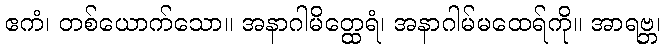
ဧကံ၊ တစ်ယောက်သော။ အနာဂါမိတ္ထေရံ၊ အနာဂါမ်မထေရ်ကို။ အာရဗ္ဘ၊